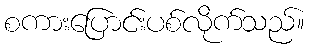
စကားပြောင်းပစ်လိုက်သည်။